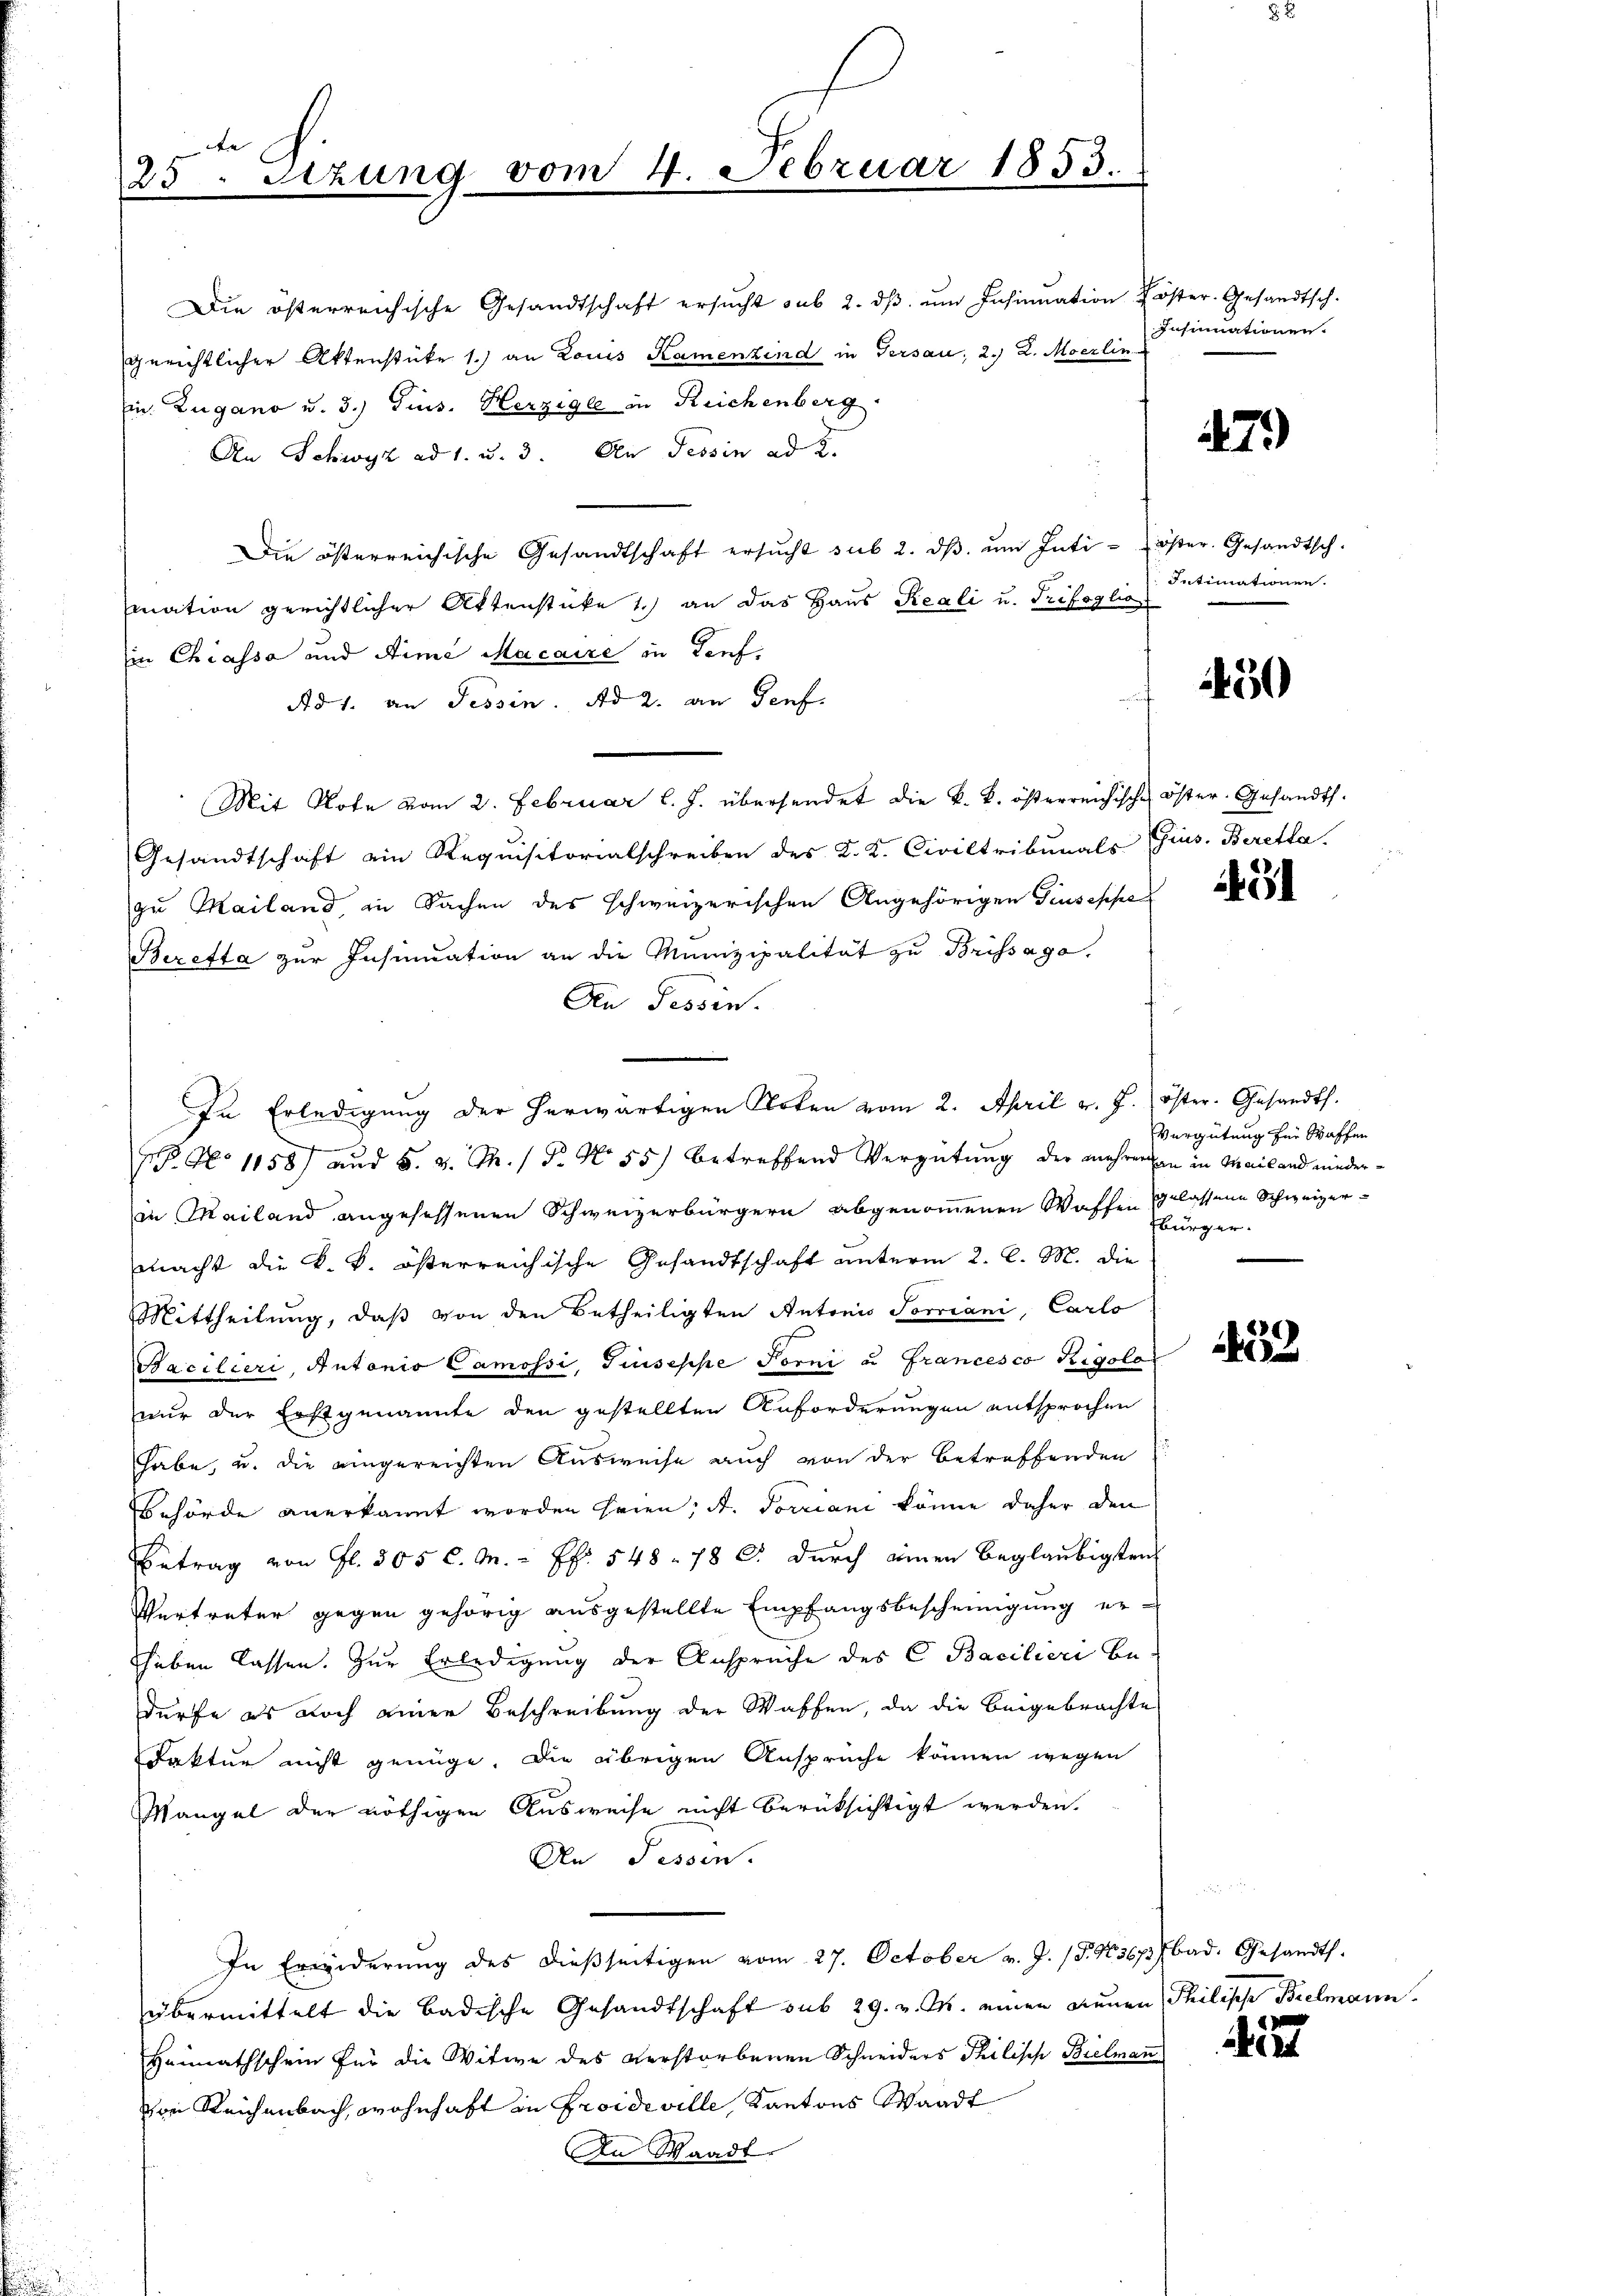
dee |
25. Setzung vom 4. Februar 1853.

Die österreichische Gesandtschaft ersŭcht sub 2. dβ ŭm Insinuation Köster-Gesandtsch.
gerichtlicher Aktenstüke 1.) an Louis Kamenzind in Gersau, 2. 2. Moerlin
Ein. Zugano u. 3.) Gins. Herzige in Reichenberg
An Schwyz ad 1. u. 3. An Tessin ad 2.
Die österreichische Gesandtschaft ersŭcht sub 2. dβ ŭm Intiöser. Gesandtsch.
mation gerichtlicher Aktenstücke 1.) an das Haus Reali u. Trifoglio
in Chiassa und Arme Macaire in Genf,
Ad 1. an Tessin. Ad 2. an Genf.
Mit Note vom 2. Februar l. J. übersendet die k. k. österreichischen Öster Gesandt.
Gesandtschaft ein Requisitorialschreiben des K. K. Civiltribunals Eins. Beretta
zu Mailand, in Sachen des schweizerischen Angehörigen Giuseppe
Beretta zur Insinuation an die Munizipalität zu Brissago.
Den Tessin.
In Erledigung der herwärtigen Acten vom 2. April v. J. öster. Gesandts.
N. N. 1158) und 5. v. M. P. No 55) betreffend Vergütung der mehreren in Mailand niederin Mailand angesessenen Schweizerbürgern abgenommenen Waffen gelassene Schweizermacht die k. k. österreichische Gesandtschaft unterm 2. l. M. die
Mittheilung, daß von den Betheiligten Antonis Sorriani, Carlo
Sacilieri, Antonio Camossi, Giuseppe Forni u Francesco Rigolo
nur der Erstgenannte den gestellten Anforderungen entsprochen
habe, u. die eingereichten Ausweise auch von der betreffenden
Behörde anerkannt worden heien; A. Vorriani könne daher den
Betrag von fl. 305 C.M. = Fr. 548. 78 C. durch einen beglaubigten
Vertreter gegen gehörig ausgestellte Empfangsbescheinigung erhaben lassen. Zur Erledigung der Ansprüche des C. Bacilieri be-
dürfe es noch einer Beschreibung der Waffen, da die beigebrachte
Faktur nicht genüge. Die übrigen Ansprüche können wegen
Mangel der nöthigen Ausweise nicht berüksichtigt werden.
An Fessen.
In Erwiderŭng des dießseitigen vom 27. October v. J. 18. No 36p) bad. Gesandt.
übermittelt die Badische Gesandtschaft sub 29. v. M. einen Neuen Philische Bielmann.
Heimathschein für die Witwe des verstorbenen Schneiders Philische Bielman
von Reichenbach, wohnhaft in Proideville, Kantons Waadt
An Waadt.

Insinuationen.

79)

Intimationen.

50

491

Vergütung für Waffen
bürger.

52

1